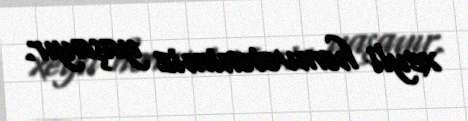
xeyli həmvətənimiz yaşayır.